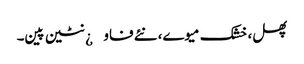
پھل، خشک میوے، نئے فاو¿نٹین پین۔